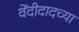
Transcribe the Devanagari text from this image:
वेंदीदादच्या